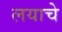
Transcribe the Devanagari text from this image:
लयाचे